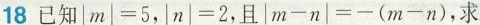
18 已知 $$| m | = 5$$，$$| n | = 2$$，且 $$| m - n | = - ( m - n )$$，求 m \cdot n的值.